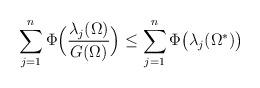
LaTeX: \begin{align*}\sum_{j=1}^n \Phi \Big( \frac{\lambda_j(\Omega)}{G(\Omega)} \Big) \leq \sum_{j=1}^n \Phi \big( \lambda_j (\Omega^*) \big)\end{align*}